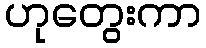
ဟုတွေးကာ